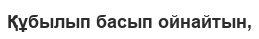
Құбылып басып ойнайтын,